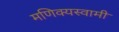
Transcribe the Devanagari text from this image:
मणिक्यस्वामी